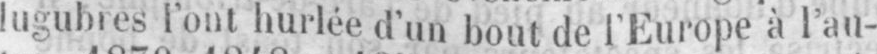
lugubres l’ont hurlée d’un bout de l’Europe à l’au-